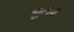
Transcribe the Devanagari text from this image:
झुलावै